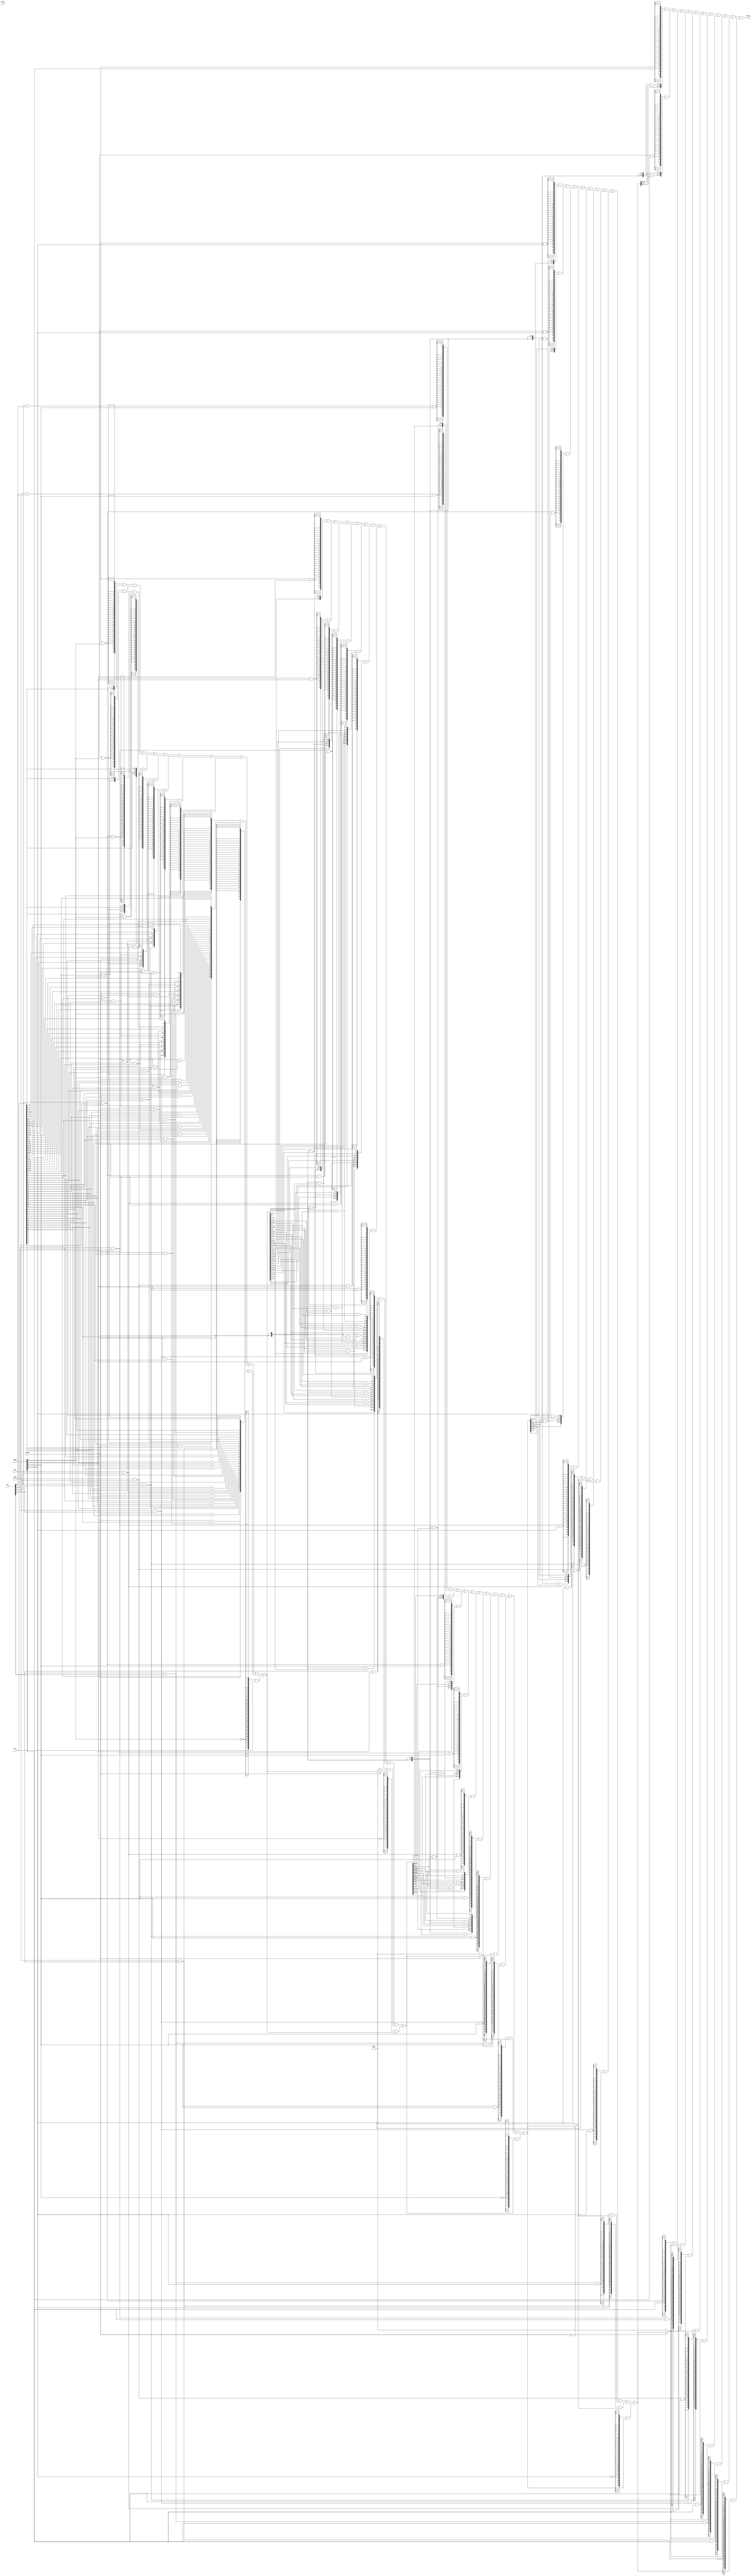
//
// SCARV Project
// 
// University of Bristol
// 
// RISC-V Cryptographic Instruction Set Extension
// 
// Reference Implementation
// 
// 


//
// module: p_shfrot
//
//  Barrel implementation of the packed shift/rotate instructions.
//
module p_shfrot (

input  [31:0] crs1  , // Source register 1
input  [ 4:0] shamt , // Shift amount (immediate or source register 2)

input  [ 4:0] pw    , // Pack width to operate on

input         shift , // Shift left/right
input         rotate, // Rotate left/right
input         left  , // Shift/roate left
input         right , // Shift/rotate right

output [31:0] result  // Operation result

);

wire w_32 = pw[0];
wire w_16 = pw[1];
wire w_8  = pw[2];
wire w_4  = pw[3];
wire w_2  = pw[4];

wire [31:0] l0 =  crs1;

wire [31:0] l1;
wire [31:0] l2;
wire [31:0] l4;
wire [31:0] l8;
wire [31:0] l16;


//
// Level 1 code.

wire [31:0] l1_32_left  = {l0[30:0], rotate && l0[31]};

wire [31:0] l1_32_right = {rotate && l0[0], l0[31:1]};

wire [31:0] l1_16_left  = {l0[30:16], rotate && l0[31],
                           l0[14: 0], rotate && l0[15]};

wire [31:0] l1_16_right = {rotate && l0[16], l0[31:17],
                           rotate && l0[ 0], l0[15: 1]};

wire [31:0] l1_8_left   = {l0[30:24], rotate && l0[31],
                           l0[22:16], rotate && l0[23],
                           l0[14: 8], rotate && l0[15],
                           l0[ 6: 0], rotate && l0[ 7]};

wire [31:0] l1_8_right  = {rotate && l0[24], l0[31:25],
                           rotate && l0[16], l0[23:17],
                           rotate && l0[ 8], l0[15: 9],
                           rotate && l0[ 0], l0[ 7: 1]};

wire [31:0] l1_4_left   = {l0[30:28], rotate && l0[31],
                           l0[26:24], rotate && l0[27],
                           l0[22:20], rotate && l0[23],
                           l0[18:16], rotate && l0[19],
                           l0[14:12], rotate && l0[15],
                           l0[10: 8], rotate && l0[11],
                           l0[ 6: 4], rotate && l0[ 7],
                           l0[ 2: 0], rotate && l0[ 3]};

wire [31:0] l1_4_right  = {rotate && l0[28], l0[31:29],
                           rotate && l0[24], l0[27:25],
                           rotate && l0[20], l0[23:21],
                           rotate && l0[16], l0[19:17],
                           rotate && l0[12], l0[15:13],
                           rotate && l0[ 8], l0[11: 9],
                           rotate && l0[ 4], l0[ 7: 5],
                           rotate && l0[ 0], l0[ 3: 1]};

wire [31:0] l1_2_left   = {l0[30], rotate && l0[31],
                           l0[28], rotate && l0[29],
                           l0[26], rotate && l0[27],
                           l0[24], rotate && l0[25],
                           l0[22], rotate && l0[23],
                           l0[20], rotate && l0[21],
                           l0[18], rotate && l0[19],
                           l0[16], rotate && l0[17],
                           l0[14], rotate && l0[15],
                           l0[12], rotate && l0[13],
                           l0[10], rotate && l0[11],
                           l0[ 8], rotate && l0[ 9],
                           l0[ 6], rotate && l0[ 7],
                           l0[ 4], rotate && l0[ 5],
                           l0[ 2], rotate && l0[ 3],
                           l0[ 0], rotate && l0[ 1]};

wire [31:0] l1_2_right  = {rotate && l0[30], l0[31],
                           rotate && l0[28], l0[29],
                           rotate && l0[26], l0[27],
                           rotate && l0[24], l0[25],
                           rotate && l0[22], l0[23],
                           rotate && l0[20], l0[21],
                           rotate && l0[18], l0[19],
                           rotate && l0[16], l0[17],
                           rotate && l0[14], l0[15],
                           rotate && l0[12], l0[13],
                           rotate && l0[10], l0[11],
                           rotate && l0[ 8], l0[ 9],
                           rotate && l0[ 6], l0[ 7],
                           rotate && l0[ 4], l0[ 5],
                           rotate && l0[ 2], l0[ 3],
                           rotate && l0[ 0], l0[ 1]};
    
wire ld_l1_l_32 =left  && w_32 && shamt[0];
wire ld_l1_r_32 =right && w_32 && shamt[0];

wire ld_l1_l_16 =left  && w_16 && shamt[0];
wire ld_l1_r_16 =right && w_16 && shamt[0];

wire ld_l1_l_8  =left  && w_8  && shamt[0];
wire ld_l1_r_8  =right && w_8  && shamt[0];

wire ld_l1_l_4  =left  && w_4  && shamt[0];
wire ld_l1_r_4  =right && w_4  && shamt[0];

wire ld_l1_l_2  =left  && w_2  && shamt[0];
wire ld_l1_r_2  =right && w_2  && shamt[0];

wire ld_l1_n_n  =                !shamt[0];

assign l1 =
    {32{ld_l1_l_32}} & l1_32_left    |
    {32{ld_l1_r_32}} & l1_32_right   |
    {32{ld_l1_l_16}} & l1_16_left    |
    {32{ld_l1_r_16}} & l1_16_right   |
    {32{ld_l1_l_8 }} & l1_8_left     |
    {32{ld_l1_r_8 }} & l1_8_right    |
    {32{ld_l1_l_4 }} & l1_4_left     |
    {32{ld_l1_r_4 }} & l1_4_right    |
    {32{ld_l1_l_2 }} & l1_2_left     |
    {32{ld_l1_r_2 }} & l1_2_right    |
    {32{ld_l1_n_n }} & l0            ;

//
// Level 2 code.
//

wire [31:0] l2_32_left  = {l1[29:0], {2{rotate}} & l1[31:30]};

wire [31:0] l2_32_right = {{2{rotate}} & l1[1:0], l1[31:2]};

wire [31:0] l2_16_left  = {l1[29:16], {2{rotate}} & l1[31:30],
                           l1[13: 0], {2{rotate}} & l1[15:14]};

wire [31:0] l2_16_right = {{2{rotate}} & l1[17:16], l1[31:18],
                           {2{rotate}} & l1[ 1: 0], l1[15: 2]};

wire [31:0] l2_8_left   = {l1[29:24], {2{rotate}} & l1[31:30],
                           l1[21:16], {2{rotate}} & l1[23:22],
                           l1[13: 8], {2{rotate}} & l1[15:14],
                           l1[ 5: 0], {2{rotate}} & l1[ 7: 6]};

wire [31:0] l2_8_right  = {{2{rotate}} & l1[25:24], l1[31:26],
                           {2{rotate}} & l1[17:16], l1[23:18],
                           {2{rotate}} & l1[ 9: 8], l1[15:10],
                           {2{rotate}} & l1[ 1: 0], l1[ 7: 2]};

wire [31:0] l2_4_left   = {l1[29:28], {2{rotate}} & l1[31:30],
                           l1[25:24], {2{rotate}} & l1[27:26],
                           l1[21:20], {2{rotate}} & l1[23:22],
                           l1[17:16], {2{rotate}} & l1[19:18],
                           l1[13:12], {2{rotate}} & l1[15:14],
                           l1[ 9: 8], {2{rotate}} & l1[11:10],
                           l1[ 5: 4], {2{rotate}} & l1[ 7: 6],
                           l1[ 1: 0], {2{rotate}} & l1[ 3: 2]};

wire [31:0] l2_4_right  = {{2{rotate}} & l1[29:28], l1[31:30],
                           {2{rotate}} & l1[25:24], l1[27:26],
                           {2{rotate}} & l1[21:20], l1[23:22],
                           {2{rotate}} & l1[17:16], l1[19:18],
                           {2{rotate}} & l1[13:12], l1[15:14],
                           {2{rotate}} & l1[ 9: 8], l1[11:10],
                           {2{rotate}} & l1[ 5: 4], l1[ 7: 6],
                           {2{rotate}} & l1[ 1: 0], l1[ 3: 2]};

wire [31:0] l2_2        = rotate ? l1 : 32'b0;
    
wire ld_l2_l_32 =left  && w_32 && shamt[1];
wire ld_l2_r_32 =right && w_32 && shamt[1];

wire ld_l2_l_16 =left  && w_16 && shamt[1];
wire ld_l2_r_16 =right && w_16 && shamt[1];

wire ld_l2_l_8  =left  && w_8  && shamt[1];
wire ld_l2_r_8  =right && w_8  && shamt[1];

wire ld_l2_l_4  =left  && w_4  && shamt[1];
wire ld_l2_r_4  =right && w_4  && shamt[1];

wire ld_l2_2    =         w_2  && shamt[1];

wire ld_l2_n_n  =                !shamt[1];

assign l2 = 
    {32{ld_l2_l_32}} & l2_32_left    |
    {32{ld_l2_r_32}} & l2_32_right   |
    {32{ld_l2_l_16}} & l2_16_left    |
    {32{ld_l2_r_16}} & l2_16_right   |
    {32{ld_l2_l_8 }} & l2_8_left     |
    {32{ld_l2_r_8 }} & l2_8_right    |
    {32{ld_l2_l_4 }} & l2_4_left     |
    {32{ld_l2_r_4 }} & l2_4_right    |
    {32{ld_l2_2   }} & l2_2          |
    {32{ld_l2_n_n }} & l1            ;

//
// Level 3 code - shift/rotate by 4
wire [31:0] l4_32_left  = {l2[27:0], {4{rotate}} & l2[31:28]};

wire [31:0] l4_32_right = {{4{rotate}} & l2[3:0], l2[31:4]};

wire [31:0] l4_16_left  = {l2[27:16], {4{rotate}} & l2[31:28],
                           l2[11: 0], {4{rotate}} & l2[15:12]};

wire [31:0] l4_16_right = {{4{rotate}} & l2[19:16], l2[31:20],
                           {4{rotate}} & l2[ 3: 0], l2[15: 4]};

wire [31:0] l4_8_left   = {l2[27:24], {4{rotate}} & l2[31:28],
                           l2[19:16], {4{rotate}} & l2[23:20],
                           l2[11: 8], {4{rotate}} & l2[15:12],
                           l2[ 3: 0], {4{rotate}} & l2[ 7: 4]};

wire [31:0] l4_8_right  = {{4{rotate}} & l2[27:24], l2[31:28],
                           {4{rotate}} & l2[19:16], l2[23:20],
                           {4{rotate}} & l2[11: 8], l2[15:12],
                           {4{rotate}} & l2[ 3: 0], l2[ 7: 4]};

wire [31:0] l4_4        = rotate ? l2 : 32'b0;

wire [31:0] l4_2        = rotate ? l2 : 32'b0;
    
wire ld_l4_l_32 =left  && w_32 && shamt[2];
wire ld_l4_r_32 =right && w_32 && shamt[2];

wire ld_l4_l_16 =left  && w_16 && shamt[2];
wire ld_l4_r_16 =right && w_16 && shamt[2];

wire ld_l4_l_8  =left  && w_8  && shamt[2];
wire ld_l4_r_8  =right && w_8  && shamt[2];

wire ld_l4_l_4  =left  && w_4  && shamt[2];
wire ld_l4_r_4  =right && w_4  && shamt[2];

wire ld_l4_l_2  =left  && w_2  && shamt[2];
wire ld_l4_r_2  =right && w_2  && shamt[2];

wire ld_l4_n_n  =                !shamt[2];

assign l4 =
    {32{ld_l4_l_32}} & l4_32_left    |
    {32{ld_l4_r_32}} & l4_32_right   |
    {32{ld_l4_l_16}} & l4_16_left    |
    {32{ld_l4_r_16}} & l4_16_right   |
    {32{ld_l4_l_8 }} & l4_8_left     |
    {32{ld_l4_r_8 }} & l4_8_right    |
    {32{ld_l4_l_4 }} & l4_4          |
    {32{ld_l4_r_4 }} & l4_4          |
    {32{ld_l4_l_2 }} & l4_2          |
    {32{ld_l4_r_2 }} & l4_2          |
    {32{ld_l4_n_n }} & l2            ;

//
// Level 4 code - shift/rotate by 8.
wire [31:0] l8_32_left  = {l4[23:0], {8{rotate}} & l4[31:24]};

wire [31:0] l8_32_right = {{8{rotate}} & l4[7:0], l4[31:8]};

wire [31:0] l8_16_left  = {l4[23:16], {8{rotate}} & l4[31:24],
                           l4[ 7: 0], {8{rotate}} & l4[15: 8]};

wire [31:0] l8_16_right = {{8{rotate}} & l4[23:16], l4[31:24],
                           {8{rotate}} & l4[ 7: 0], l4[15: 8]};

wire [31:0] l8_8        = rotate ? l4 : 32'b0;

wire [31:0] l8_4        = rotate ? l4 : 32'b0;

wire [31:0] l8_2        = rotate ? l4 : 32'b0;
    
wire ld_l8_l_32 =left  && w_32 && shamt[3];
wire ld_l8_r_32 =right && w_32 && shamt[3];

wire ld_l8_l_16 =left  && w_16 && shamt[3];
wire ld_l8_r_16 =right && w_16 && shamt[3];

wire ld_l8_l_8  =left  && w_8  && shamt[3];
wire ld_l8_r_8  =right && w_8  && shamt[3];

wire ld_l8_l_4  =left  && w_4  && shamt[3];
wire ld_l8_r_4  =right && w_4  && shamt[3];

wire ld_l8_l_2  =left  && w_2  && shamt[3];
wire ld_l8_r_2  =right && w_2  && shamt[3];

wire ld_l8_n_n  =                !shamt[3];

assign l8 =
    {32{ld_l8_l_32}} & l8_32_left    |
    {32{ld_l8_r_32}} & l8_32_right   |
    {32{ld_l8_l_16}} & l8_16_left    |
    {32{ld_l8_r_16}} & l8_16_right   |
    {32{ld_l8_l_8 }} & l8_8          |
    {32{ld_l8_r_8 }} & l8_8          |
    {32{ld_l8_l_4 }} & l8_4          |
    {32{ld_l8_r_4 }} & l8_4          |
    {32{ld_l8_l_2 }} & l8_2          |
    {32{ld_l8_r_2 }} & l8_2          |
    {32{ld_l8_n_n }} & l4            ;

//
// Level 5 code.
wire [31:0] l16_32_left  = {l8[15:0], {16{rotate}} & l8[31:16]};

wire [31:0] l16_32_right = {{16{rotate}} & l8[15: 0], l8[31:16]};

wire [31:0] l16_16       = rotate ? l8 : 32'b0;

wire [31:0] l16_8        = rotate ? l8 : 32'b0;

wire [31:0] l16_4        = rotate ? l8 : 32'b0;

wire [31:0] l16_2        = rotate ? l8 : 32'b0;
    
wire ld_l16_l_32 =left  && w_32 && shamt[4];
wire ld_l16_r_32 =right && w_32 && shamt[4];

wire ld_l16_l_16 =left  && w_16 && shamt[4];
wire ld_l16_r_16 =right && w_16 && shamt[4];

wire ld_l16_l_8  =left  && w_8  && shamt[4];
wire ld_l16_r_8  =right && w_8  && shamt[4];

wire ld_l16_l_4  =left  && w_4  && shamt[4];
wire ld_l16_r_4  =right && w_4  && shamt[4];

wire ld_l16_l_2  =left  && w_2  && shamt[4];
wire ld_l16_r_2  =right && w_2  && shamt[4];

wire ld_l16_n_n  =                !shamt[4];

assign l16 =
    {32{ld_l16_l_32}} & l16_32_left    |
    {32{ld_l16_r_32}} & l16_32_right   |
    {32{ld_l16_l_16}} & l16_16         |
    {32{ld_l16_r_16}} & l16_16         |
    {32{ld_l16_l_8 }} & l16_8          |
    {32{ld_l16_r_8 }} & l16_8          |
    {32{ld_l16_l_4 }} & l16_4          |
    {32{ld_l16_r_4 }} & l16_4          |
    {32{ld_l16_l_2 }} & l16_2          |
    {32{ld_l16_r_2 }} & l16_2          |
    {32{ld_l16_n_n }} & l8             ;

// Finish.
assign result = l16;

endmodule